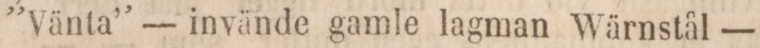
”Vänta” — invände gamle lagman Wärnstål —